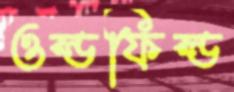
ওল্ডফিল্ড